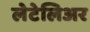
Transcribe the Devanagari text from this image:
लेटेलिअर